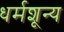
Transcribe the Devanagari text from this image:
धर्मशून्य